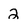
Character: 2